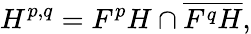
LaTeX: H^{p,q}=F^{p}H\cap{\overline{{F^{q}H}}},